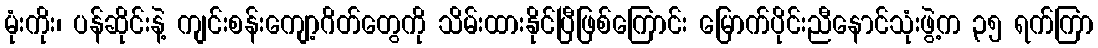
မုံးကိုး၊ ပန်ဆိုင်းနဲ့ ကျင်းစန်းကျော့ဂိတ်တွေကို သိမ်းထားနိုင်ပြီဖြစ်ကြောင်း မြောက်ပိုင်းညီနောင်သုံးဖွဲ့က ၃၅ ရက်ကြာ